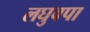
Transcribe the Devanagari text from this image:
लघुवपा